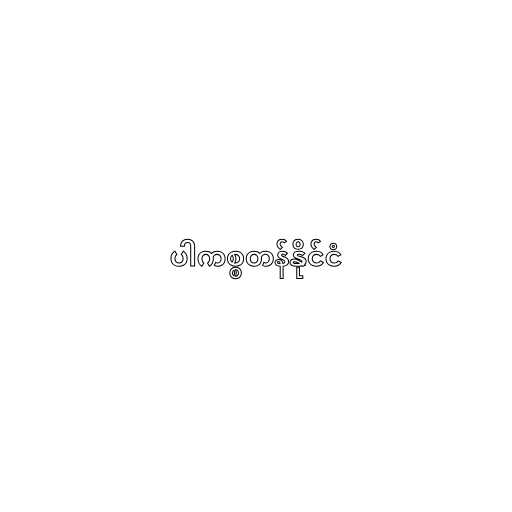
ပါကစ္စတန်နိုင်ငံ